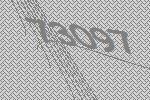
73097